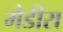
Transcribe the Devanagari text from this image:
मैडीरा